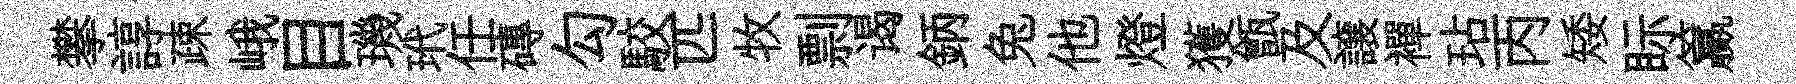
攀諄疎峨目璣玳任磚勾駮匹牧剽谒鈵兔他燈獲甑及譲襌玷丙矮眎籯